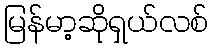
မြန်မာ့ဆိုရှယ်လစ်